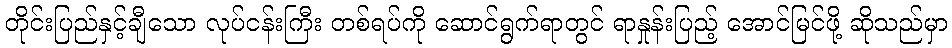
တိုင်းပြည်နှင့်ချီသော လုပ်ငန်းကြီး တစ်ရပ်ကို ဆောင်ရွက်ရာတွင် ရာနှုန်းပြည့် အောင်မြင်ဖို့ ဆိုသည်မှာ